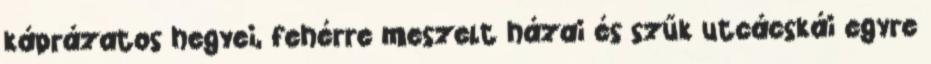
káprázatos hegyei, fehérre meszelt házai és szűk utcácskái egyre